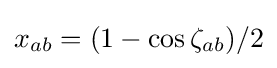
x_{ab}=(1-\cos \zeta _{ab})/2